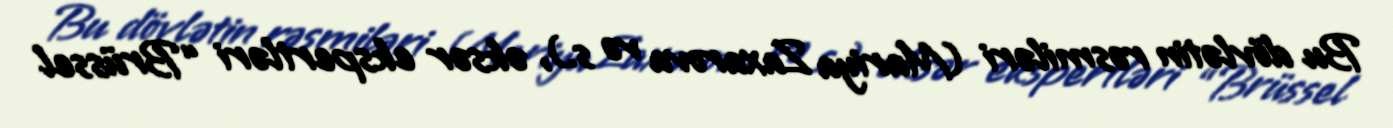
Bu dövlətin rəsmiləri (Mariya Zaxarova və s.), əksər ekspertləri “Brüssel